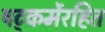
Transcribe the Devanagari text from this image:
षट्‍कर्मेरहित